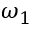
\omega _ { 1 }